Lock hospitals Punjab
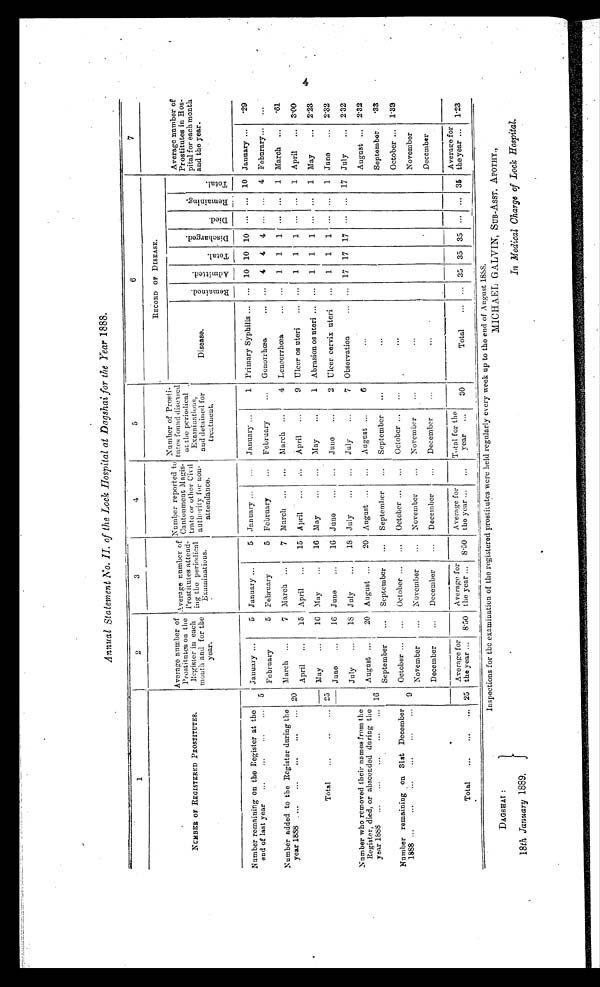
DAGSHAI:
18 th January 1889.
MICHAEL GALVIN, SUB-ASST, APOTHY.,
Annual Statement No. II of the Lock Hospital at Dagshai for the Year 1888.
1
2
3
4
5
6
7
N U M B E R O F R E G I S T E R E D P R O S T I T U T E S .
Average number of
Prostitute's on the
Register in each
month and for the
year.
Average number of
Prostitutes a ttend-
ing the periodical
Examinations.
Number reported to
Cantonment Magis
trate or other Civil
authority for non-
attendance.
N umber of Prost -
tutes found diseased
at the periodical
Examinations,
and detained for
treatment .
RECORD OF DISEASE.
Average number of
Prostitutes i
n Hospital for each month
and the year.
Disease.
R e m a i n e d . Admi t t ed.
T o t a l .
D i s c h a r g e d .
D i e d .
R e m a i n i n g .
T o t a l .
Number remaining on the Register at the
end of last year
5
January
5 January
5 January
...
January
1 Primary Syphilis
... 10 10 10
. . . ... 10 January
.29
February
5 February
5 February
...
February
...
Gonorrhœa
... 4
4 4
. . . ...
4 February
...
Number added to the Register during the
year 1888. 20
March
7 March
7 M arch
...
March
4 Lencorrhœa
...
1
1
1
. . . ...
1 March
.61
April
15 April
15 April
...
April
9 Ulcer os uteri
...
1
1
. . .
. . . 1 April
3.00
Total
25
May
16 May
16 May
May
1 Abrasion os uteri
...
1
1
1 ... ... 1 May
2.23
June
16 June
16 June
. . .
June
2 Ulcer cervix uteri
...
1
1
1
. . . ...
1 June
2.32
Number who removed their names from the
Register, died, or absconded during the
year 1888
16
July
18 July
18 July
. . . July
7 Observation
... 17 17 17
. . .
. . . 17 July
2.32
August
20 August
20 August
...
August
6
. . .
August
2.32
September
...
September
...
September
...
September
. . .
. . .
September
.33
Number remaining on 31st December 1 8 8 8 . . . . . .
October
...
October
...
October
...
October
...
. . .
October
1.39
November
. . .
November
...
November
...
November
...
...
November
December
...
December
...
December
December
...
. . .
December
Total ... ... ... 25
Average for
the year ...
8.50
Average for
the year ... 8.50
Average for
the year ...
...
Total for the
year
...
30
Total
... ... 35 35 35
. . . ... 35
Average for
the year ...
1.23
Inspections for the examination of the registered prostitutes were held regularly every week up to the end of August 1888.